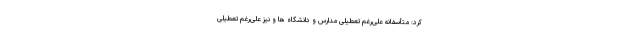
کرد: متأسفانه علی‌رغم تعطیلی مدارس و دانشگاه‌ ها و نیز علی‌رغم تعطیلی